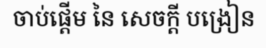
ចាប់ផ្តើម នៃ សេចក្តី បង្រៀន